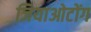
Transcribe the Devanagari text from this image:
जियाओटोंग